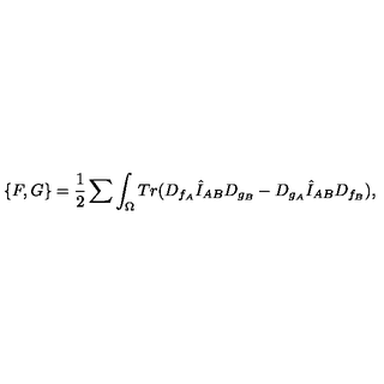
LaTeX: \{ F , G \} = { \frac { 1 } { 2 } } \sum \int _ { \Omega } T r ( D _ { f _ { A } } \hat { I } _ { A B } D _ { g _ { B } } - D _ { g _ { A } } \hat { I } _ { A B } D _ { f _ { B } } ) ,